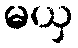
မယှ